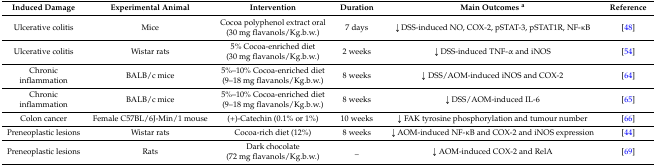
| Induced Damage | Experimental Animal | Intervention | Duration | Main Outcomes a | Reference |
 | --- | --- | --- | --- | --- | --- |
 | Ulcerative colitis | Mice | Cocoa polyphenol extract oral (30 mg flavanols/Kg.b.w.) | 7 days | ↓ DSS-induced NO, COX-2, pSTAT-3, pSTAT1R, NF-κB | [48] |
 | Ulcerative colitis | Wistar rats | 5% Cocoa-enriched diet (30 mg flavanols/Kg.b.w.) | 2 weeks | ↓ DSS-induced TNF-α and iNOS | [54] |
 | Chronic inflammation | BALB/c mice | 5%–10% Cocoa-enriched diet (9–18 mg flavanols/Kg.b.w.) | 8 weeks | ↓ DSS/AOM-induced iNOS and COX-2 | [64] |
 | Chronic inflammation | BALB/c mice | 5%–10% Cocoa-enriched diet (9–18 mg flavanols/Kg.b.w.) | 8 weeks | ↓ DSS/AOM-induced IL-6 | [65] |
 | Colon cancer | Female C57BL/6J-Min/1 mouse | (+)-Catechin (0.1% or 1%) | 10 weeks | ↓ FAK tyrosine phosphorylation and tumour number | [66] |
 | Preneoplastic lesions | Wistar rats | Cocoa-rich diet (12%) | 8 weeks | ↓ AOM-induced NF-κB and COX-2 and iNOS expression | [44] |
 | Preneoplastic lesions | Rats | Dark chocolate (72 mg flavanols/Kg.b.w.) | _ | ↓ AOM-induced COX-2 and RelA | [69] |